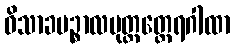
ဝိသာခပဉ္စာလပုတ္တတ္ထေရဂါထာ